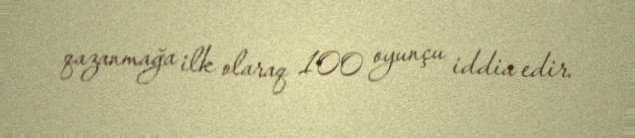
qazanmağa ilk olaraq 100 oyunçu iddia edir.